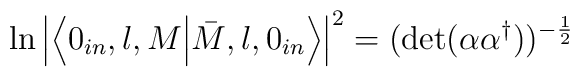
\ln\left|\left\langle 0_{in}, l, M\Bigl|\bar{M}, l,0_{in}\right\rangle \right|^{2}= ({\rm det}(\alpha \alpha^{\dagger}))^{-\frac{1}{2}}